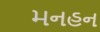
મનહન